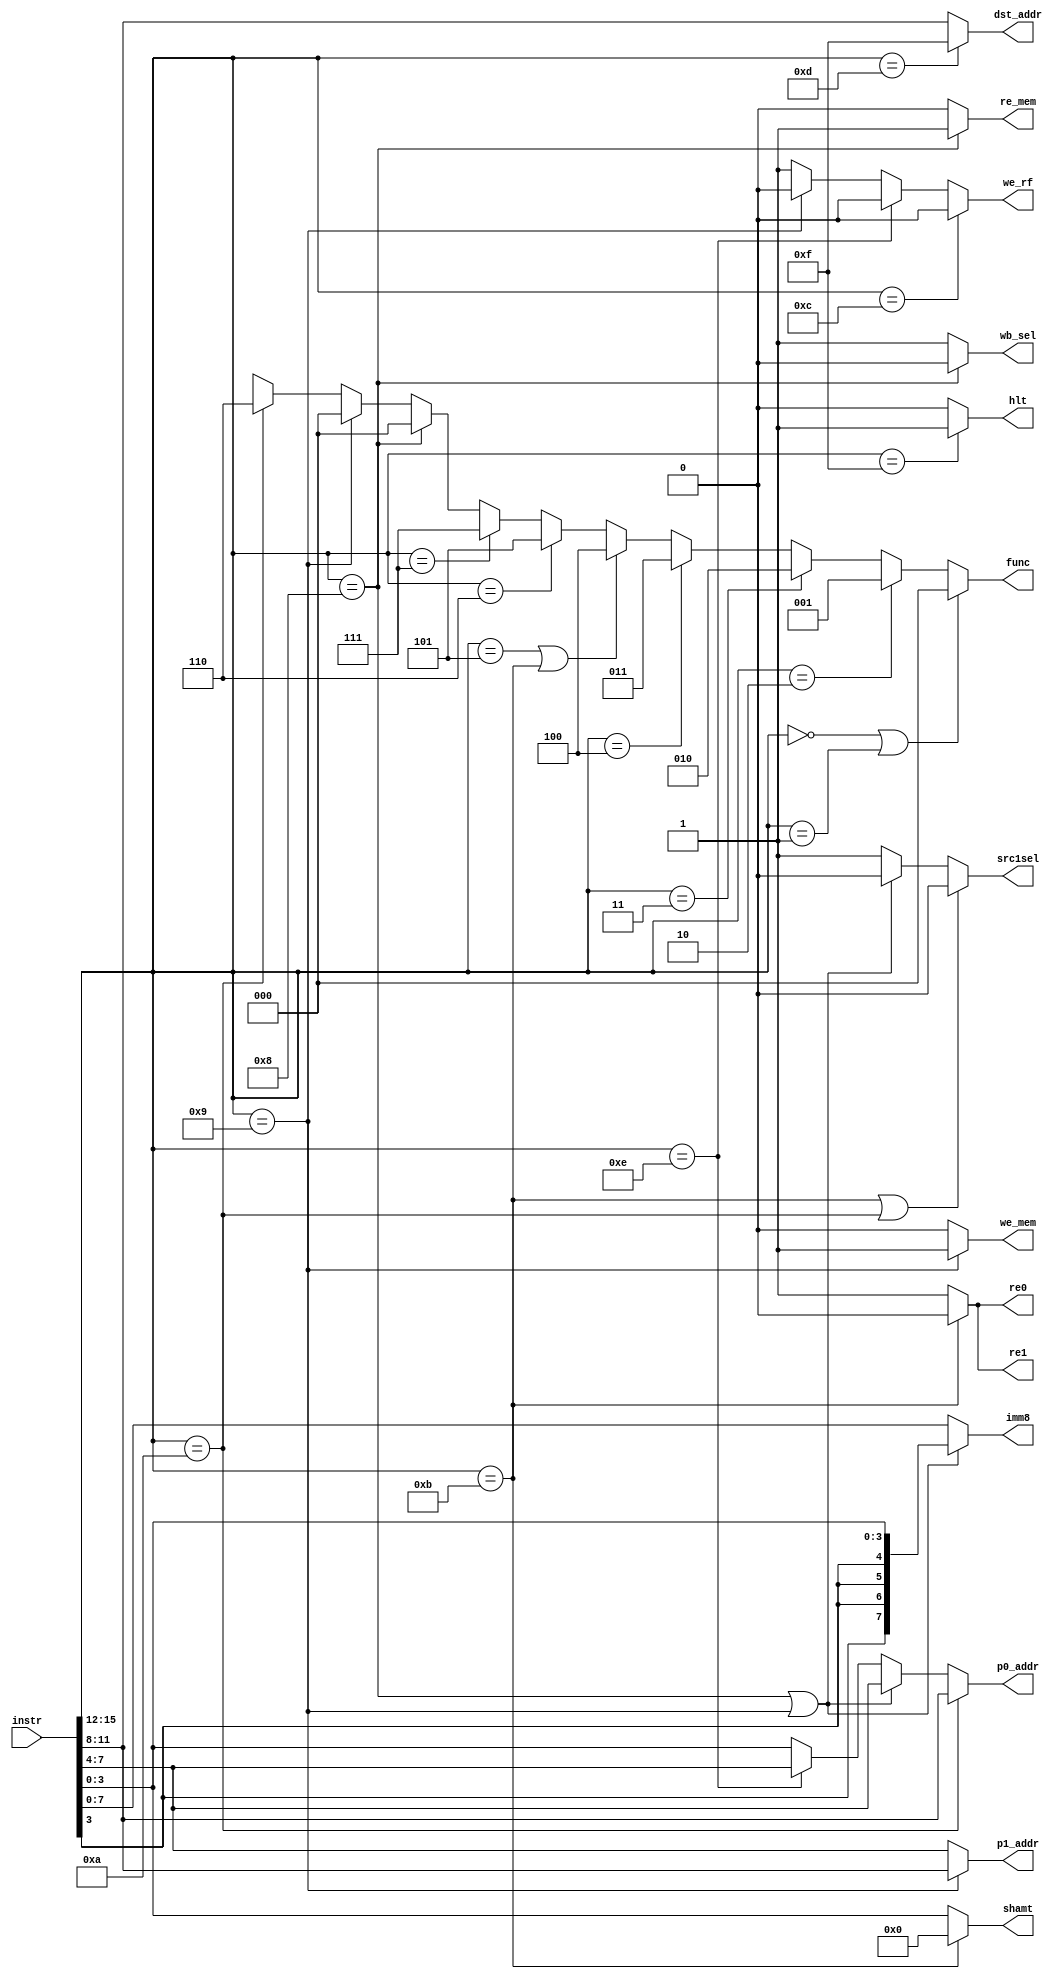
// Instruction Decode Architecture
// CS/ECE 552, Spring 2014

module I_DECODE(
	//Inputs
	instr, 
	//Outputs
	p0_addr, 
	re0, 
	p1_addr, 
	re1, 
	dst_addr, 
	we_rf, 
	hlt, 
	src1sel, 
	shamt, 
	func, 
	imm8, 
	we_mem, 
	re_mem, 
	wb_sel);

	// Inputs
	input[15:0] instr;

	// Outputs
	output [3:0] p0_addr, p1_addr, dst_addr, shamt;
	output [2:0] func;
	output hlt, src1sel, re0, re1, we_rf;
	output [7:0] imm8;
	output we_mem, re_mem, wb_sel;

	wire [3:0] opcode;

	/*always @(instr) begin
		$display("instruction = %h", instr);
	end
	*/

	// Instruction Opcodes
	localparam addOp = 4'b0000;
	localparam addzOp = 4'b0001;
	localparam subOp = 4'b0010;
	localparam andOp = 4'b0011;
	localparam norOp = 4'b0100;
	localparam sllOp = 4'b0101;
	localparam srlOp = 4'b0110;
	localparam sraOp = 4'b0111;
	localparam lwOp = 4'b1000;
	localparam swOp = 4'b1001;
	localparam lhbOp = 4'b1010;
	localparam llbOp = 4'b1011;
	localparam hltOp = 4'b1111;
	localparam bOp = 4'b1100;
	localparam jalOp = 4'b1101;
	localparam jrOp = 4'b1110;

	// ALU functions
	localparam add16 = 3'b000;
	localparam sub16 = 3'b001;
	localparam and16 = 3'b010;
	localparam nor16 = 3'b011;
	localparam sll16 = 3'b100;
	localparam srl16 = 3'b101;
	localparam sra16 = 3'b111;
	localparam lhb16 = 3'b110;

	// Determine opcode and corresponding signals
	assign opcode = instr[15:12];

	// Halt Case //
	assign hlt = 	(opcode == hltOp)	?	(1'b1):
											(1'b0);

	// Extract all needed signals and then MUX them to output proper controls
	assign dst_addr = 	(opcode == jalOp)		?	4'b1111:
													instr[11:8];
										
	assign p1_addr = (opcode == swOp)			?	instr[11:8]:
													instr[7:4];

	assign p0_addr = 	(opcode == lhbOp)					?	instr[11:8]: 
						(opcode == lwOp)||(opcode == swOp)	?   instr[7:4]:
						(opcode == jrOp)  					?	instr[7:4]:
																instr[3:0];

	assign imm8 = (opcode == lwOp)||(opcode == swOp)	?	({{4{instr[3]}},instr[3:0]}):
															instr[7:0];

	// Extract the shift amount.  For llb, we set shift to 0
	assign shamt =  (opcode == llbOp)	?	(4'b0000):
											instr[3:0];
	
	// Determine ALU control signals based on opcode
	assign func = 	((opcode == addOp)||(opcode == addzOp))	? 	add16:
					(opcode == subOp)						?	sub16:
					(opcode == andOp)						?	and16:
					(opcode == norOp)						?	nor16:
					((opcode == sllOp)||(opcode == llbOp))	? 	sll16:
					(opcode == srlOp)						?	srl16:
					(opcode == sraOp)						?	sra16:
					(opcode == lwOp) 						?   add16: // uses add because of immediate offset
					(opcode == swOp)						?   add16: // uses add because of immediate offset
					(opcode == lhbOp)						?	lhb16:
																3'bxxx;
	
	// Determine if the result will be written back to the register file.
	assign we_rf = 	(opcode == bOp)				?	1'b0:
					(opcode == jrOp)			?	1'b0:
					(opcode == swOp)			?	1'b0:
													1'b1;
												
	assign re0 = 	(opcode == llbOp)	?	1'b0:
											1'b1;
											
	assign re1 =	(opcode == llbOp)	?	1'b0:
											1'b1;
	
	assign src1sel = 	((opcode == llbOp)||(opcode == lhbOp))	?	1'b0:
						((opcode == lwOp)||(opcode == swOp))  	?   1'b0:
																	1'b1;

	assign we_mem = (opcode == swOp)	?	1'b1:
											1'b0;

	assign re_mem = (opcode == lwOp)	?	1'b1:
											1'b0;

	assign wb_sel = (opcode == lwOp)	?   1'b0:
											1'b1;
										
endmodule